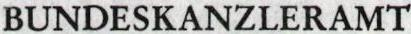
BUNDESKANZLERAMT